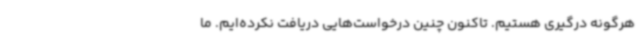
هرگونه درگیری هستیم. تاکنون چنین درخواست‌هایی دریافت نکرده‌ایم. ما